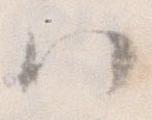
ハ